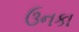
ઉનકા